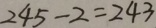
2 4 5 - 2 = 2 4 3